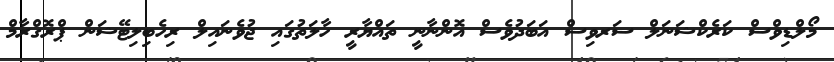
މޯލްޑިވްސް ކަރެކްޝަނަލް ސަރވިސް އަބަދުވެސް އޮންނާނީ ތައްޔާރީ ހާލަތުގައި ޖުވެނައިލް ރިހެބިލިޓޭޝަން ޕްރޮގްރާމް